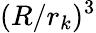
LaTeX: (R/r_{k})^{3}